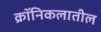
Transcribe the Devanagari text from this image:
क्रॉनिकलातील